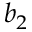
b _ { 2 }